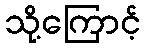
သို့ကြောင့်